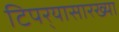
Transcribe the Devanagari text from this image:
टिपर्‍यासारख्या